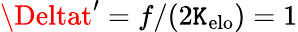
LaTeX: \Deltat^{\prime}=f/(2\mathtt{K}_{\mathrm{{elo}}})=1